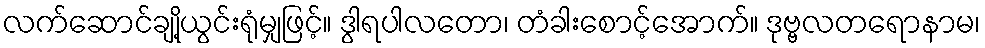
လက်ဆောင်ချို့ယွင်းရုံမျှဖြင့်။ ဒွါရပါလတော၊ တံခါးစောင့်အောက်။ ဒုဗ္ဗလတရောနာမ၊